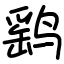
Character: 鹞